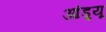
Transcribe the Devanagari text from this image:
आंड्र्यू